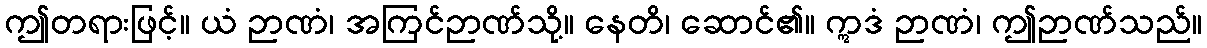
ဤတရားဖြင့်။ ယံ ဉာဏံ၊ အကြင်ဉာဏ်သို့။ နေတိ၊ ဆောင်၏။ ဣဒံ ဉာဏံ၊ ဤဉာဏ်သည်။